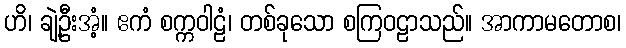
ဟိ၊ ချဲ့ဦးအံ့။ ဧကံ စက္ကဝါဠံ၊ တစ်ခုသော စကြဝဠာသည်။ အာကာမတောစ၊